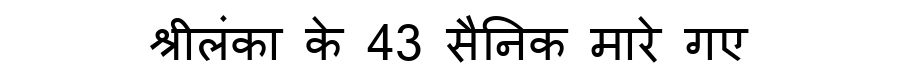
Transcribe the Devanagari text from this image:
श्रीलंका के 43 सैनिक मारे गए